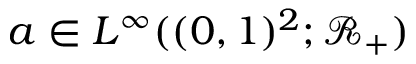
a \in L ^ { \infty } ( ( 0 , 1 ) ^ { 2 } ; \mathcal { R } _ { + } )